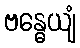
ဗန္ဓေယျံ